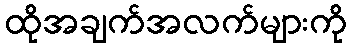
ထိုအချက်အလက်များကို